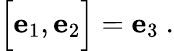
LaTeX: \Bigl[{\mathbf e}_{1},{\mathbf e}_{2}\Bigr]={\mathbf e}_{3}\ .